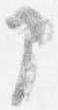
部